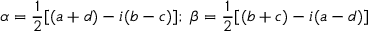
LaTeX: \alpha = \frac { 1 } { 2 } [ ( a + d ) - i ( b - c ) ] ; \; \beta = \frac { 1 } { 2 } [ ( b + c ) - i ( a - d ) ]